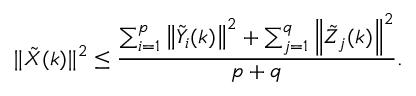
\| \tilde { X } ( k ) \| ^ { 2 } \leq \frac { \sum _ { i = 1 } ^ { p } \left\| \tilde { Y } _ { i } ( k ) \right\| ^ { 2 } + \sum _ { j = 1 } ^ { q } \left\| \tilde { Z } _ { j } ( k ) \right\| ^ { 2 } } { p + q } .